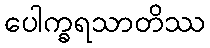
ပေါက္ခရသာတိဿ